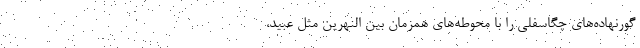
گورنهاده‌های چگاسفلی را با محوطه‌های همزمان بین النهرین مثل عبید،